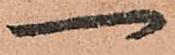
一